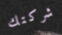
شركتك